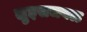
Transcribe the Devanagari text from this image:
लुइसजवळ